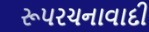
રૂપરચનાવાદી